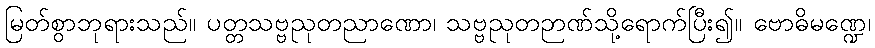
မြတ်စွာဘုရားသည်။ ပတ္တသဗ္ဗညုတညာဏော၊ သဗ္ဗညုတဉာဏ်သို့ရောက်ပြီး၍။ ဗောဓိမဏ္ဍေ၊